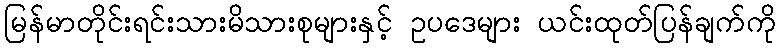
မြန်မာတိုင်းရင်းသားမိသားစုများနှင့် ဥပဒေများ ယင်းထုတ်ပြန်ချက်ကို